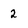
Character: 2